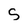
Character: S